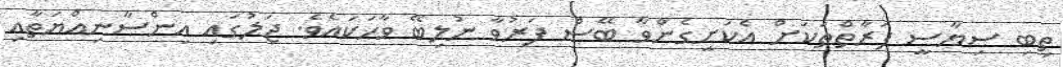
ތިބި ސިޔާސީ ފަރާތްތަކަށް އެކަށީގެންވާ ބޭސް ފަރުވާ ނުލިބޭ ވާހަކައެވެ. ޖަލުގައި އިންސާނިއްޔަތާއި